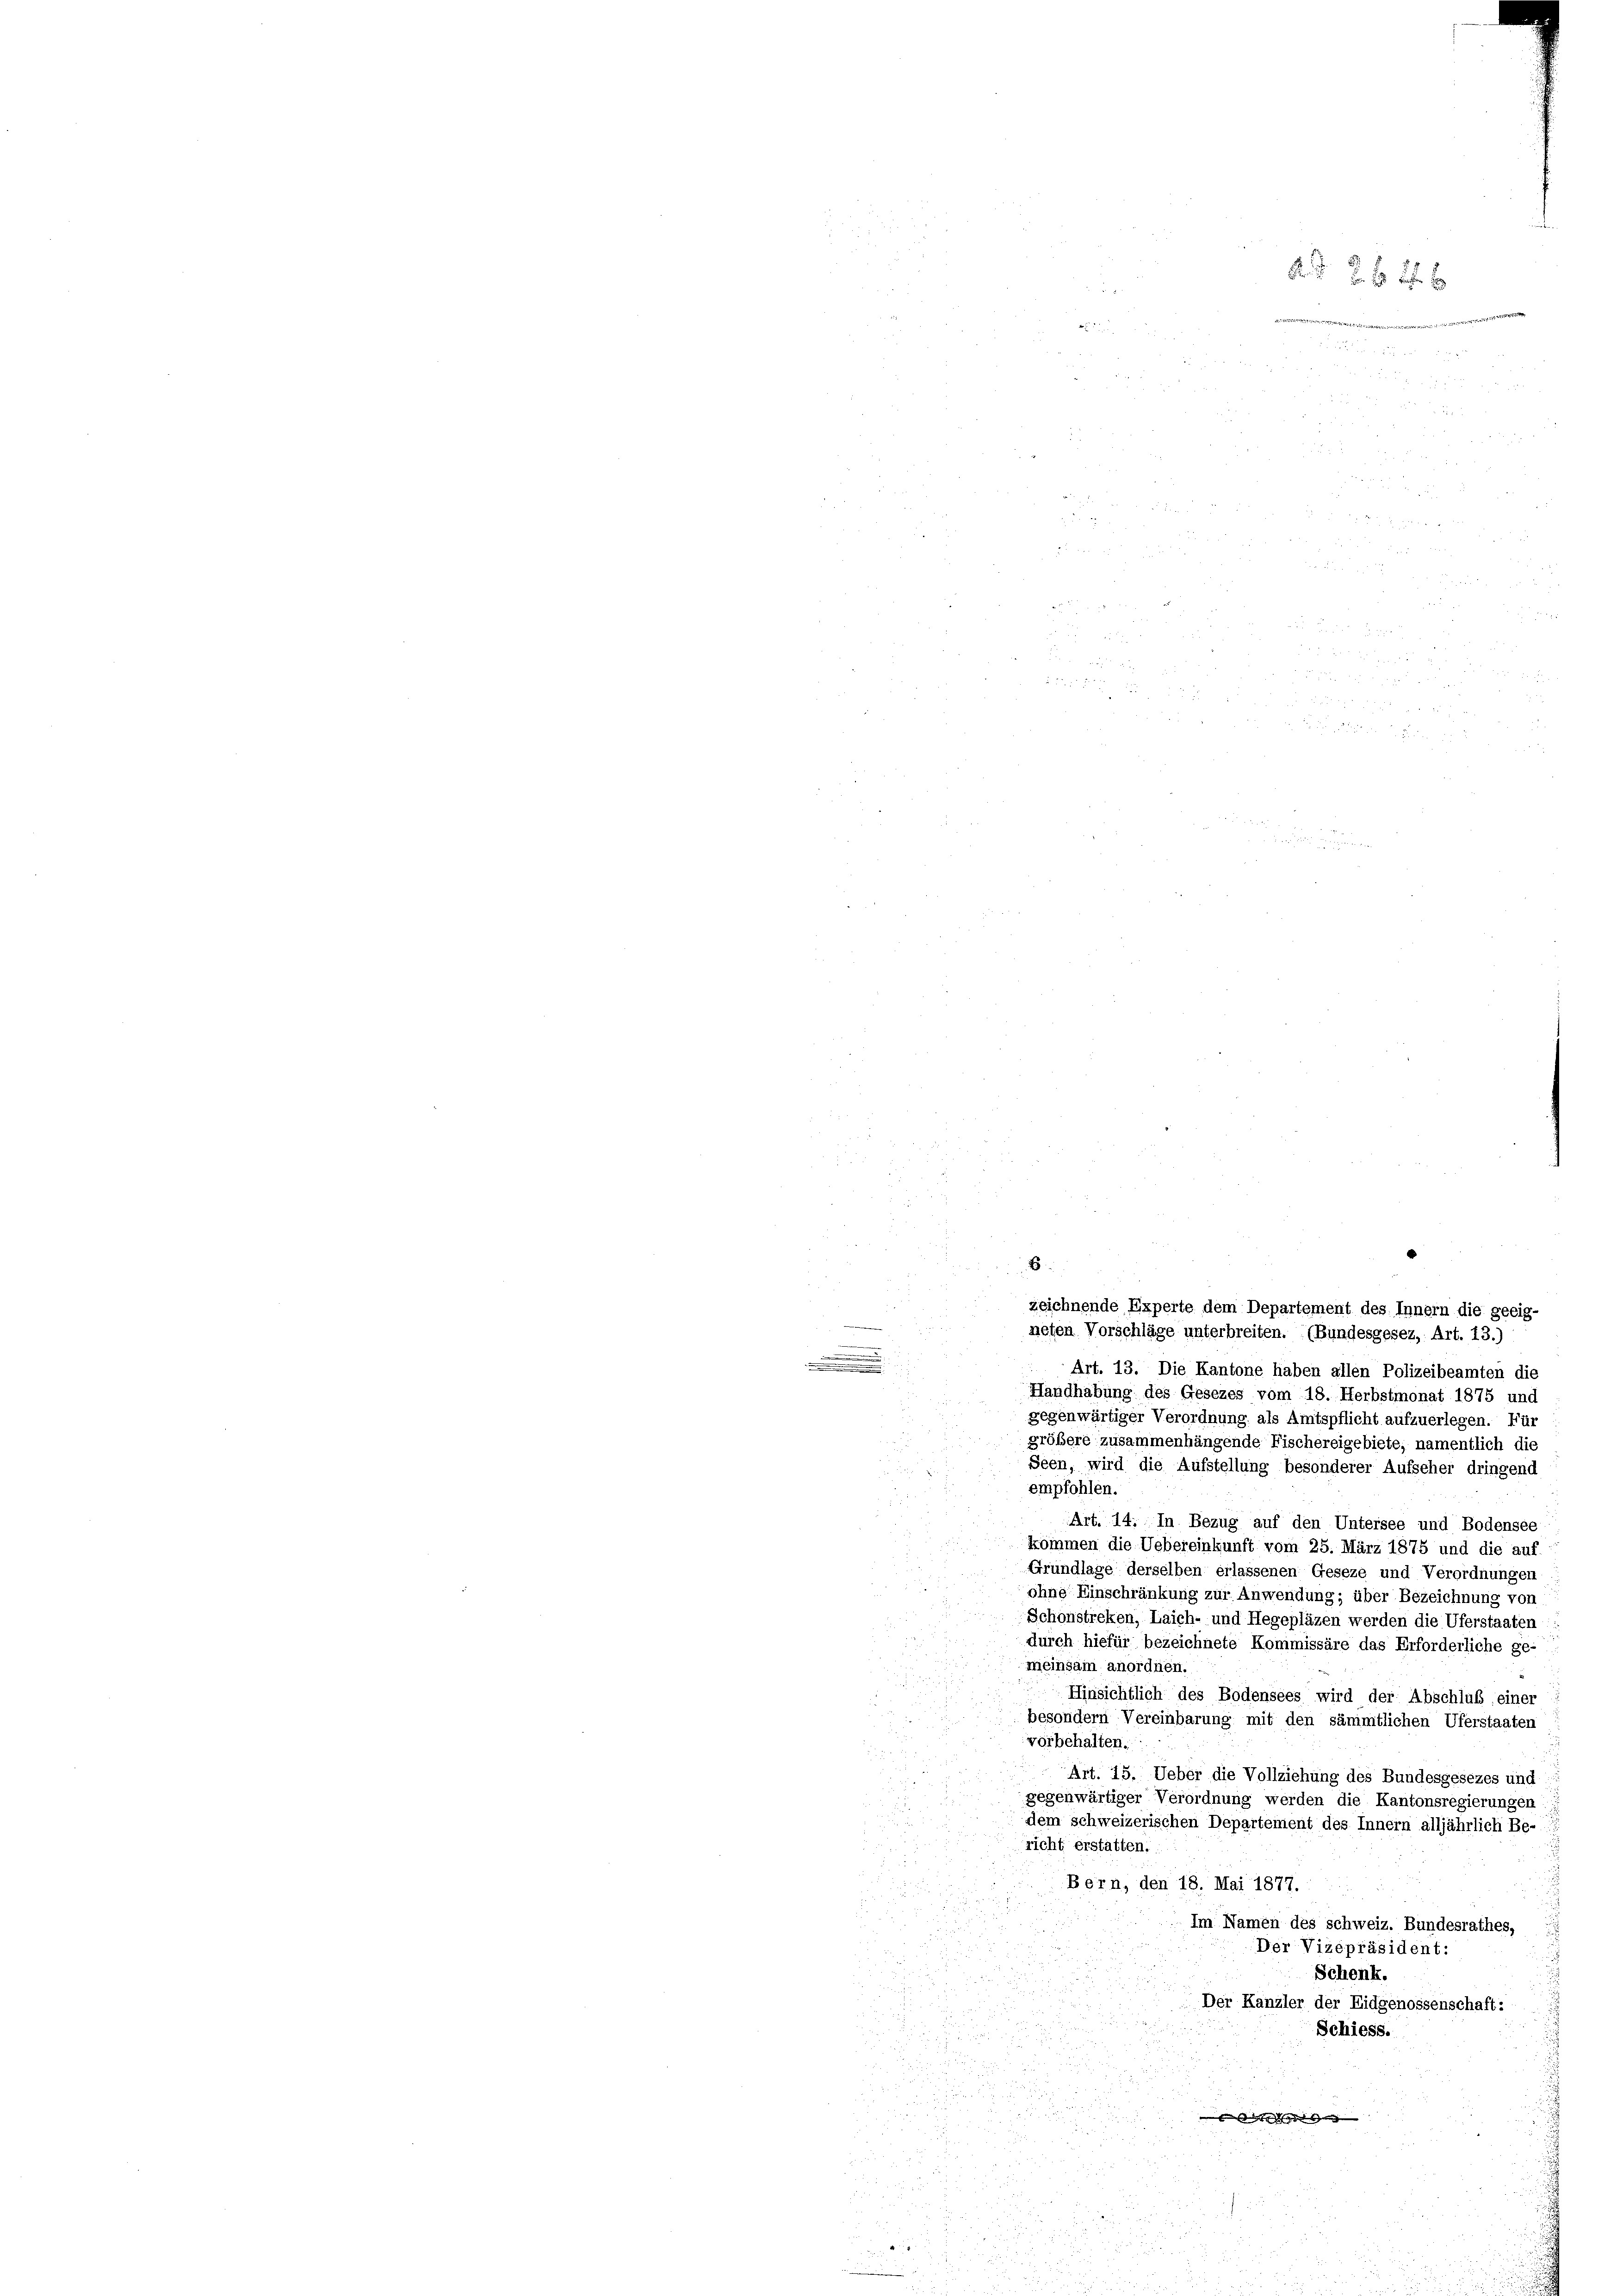
Certigen
und
d
.

2 f 0 x
 treten, es sich
i

50
x
25 xx
52 50 x

r

Branderen und ihr einen der in der

u
B
zeichnende Experte dem Departement des Innern die geeig-
neten Vorschläge unterbreiten. (Bundesgesez, Art. 13.)

i
Art. 13. Die Kantone haben allen Polizeibeamten die
Handhabung des Gesezes vom 18. Herbstmonat 1875 und
gegenwärtiger Verordnung als Amtspflicht aufzuerlegen. Für
u
größere zusammenhängende Fischereigebiete, namentlich die
Seen, wird die Aufstellung besonderer Aufseher dringend

empfohlen.
Art. 14. In Bezug auf den Untersee und Bodensee
kommen die Uebereinkunft vom 25. März 1875 und die auf
Grundlage derselben erlassenen Geseze und Verordnungen
ohne Einschränkung zur Anwendung; über Bezeichnung von
Schönstreken, Laich- und Hegepläzen werden die Uferstaaten
durch hiefür bezeichnete Kommissäre das Erforderliche ge-
meinsam anordnen.
Hinsichtlich des Bodensees wird der Abschluß einer
besondern Vereinbarung mit den sämmtlichen Uferstaaten
vorbehalten.
Art. 15. Ueber die Vollziehung des Bundesgesezes und
gegenwärtiger Verordnung werden die Kantonsregierungen
dem schweizerischen Departement des Innern alljährlich Be-
richt erstatten.
Bern, den 18. Mai 1877.
Im Namen des Schweiz. Bundesrathes,
Der Vizepräsident:
Schenk.
Der Kanzler der Eidgenossenschaft:
Schiess.
.

.
 5

.
.

ssung

5

 0 f 20 x
x

.

u